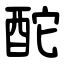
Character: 酡